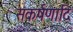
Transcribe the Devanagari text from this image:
संकर्षणादि